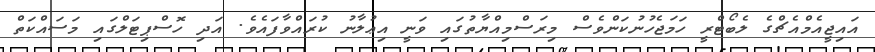
އައިޖީއެމްއެޗްގެ ލެބޯޓްރީ ހަމަޖެހުނުކަންވެސް މިރަސްމިއްޔާތުގައި ވަނީ އިޢުލާނު ކުރައްވާފައެވެ. އަދި ހޮސްޕިޓަލްގައި މަސައްކަތް